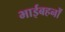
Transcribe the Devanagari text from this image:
भाईबहनों